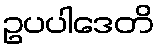
ဥပပါဒေတိ